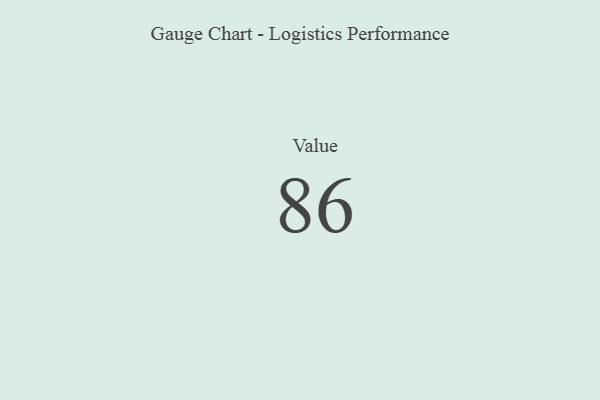
{"axis": {"x": "Metric", "y": "Value"}, "legend": [""], "data": [{"x": "Value", "y": 86, "type": ""}]}